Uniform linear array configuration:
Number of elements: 24
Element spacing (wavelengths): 0.75
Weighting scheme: kaiser
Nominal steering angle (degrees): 45
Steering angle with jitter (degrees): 44.555
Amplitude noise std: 0.05
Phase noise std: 0.05

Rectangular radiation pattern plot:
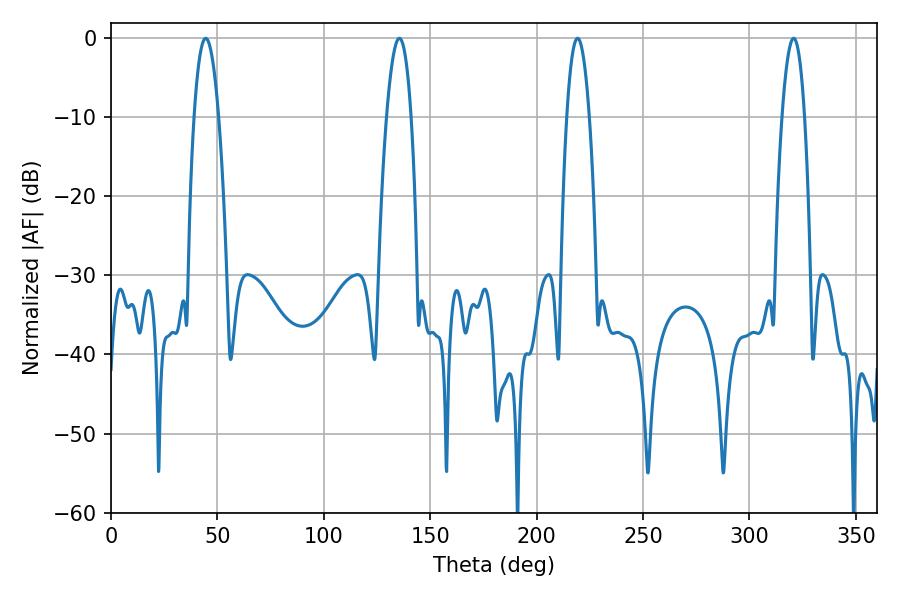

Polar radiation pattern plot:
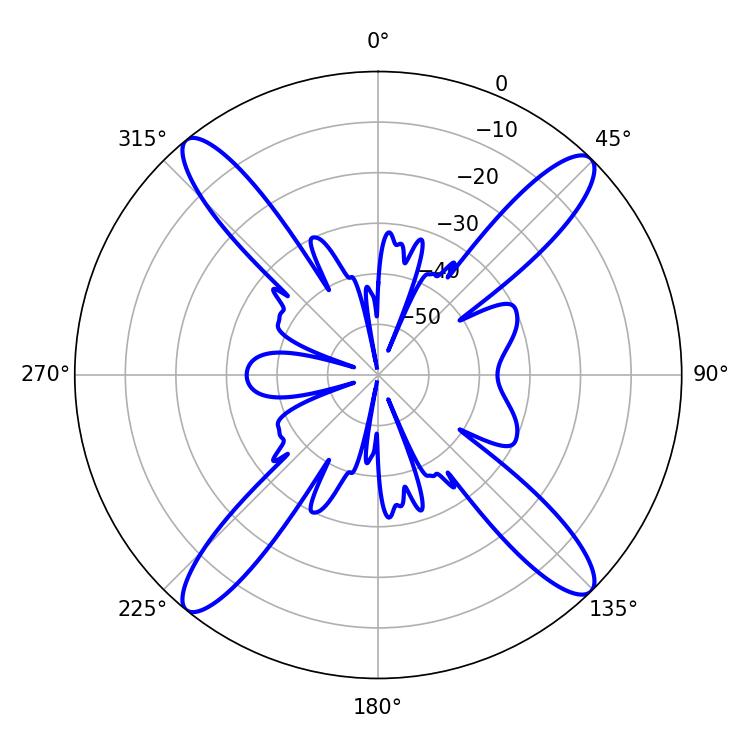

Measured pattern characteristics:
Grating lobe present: TRUE
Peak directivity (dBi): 18.382
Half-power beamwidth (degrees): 5.94
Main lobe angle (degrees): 219.24